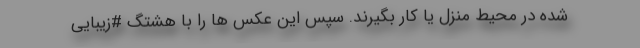
شده در محیط منزل یا کار بگیرند. سپس این عکس ها را با هشتگ #زیبایی